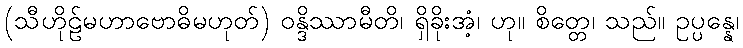
(သီဟိုဠ်မဟာဗောဓိမဟုတ်) ဝန္ဒိဿာမီတိ၊ ရှိခိုးအံ့၊ ဟု။ စိတ္တေ၊ သည်။ ဥပ္ပန္နေ၊